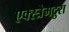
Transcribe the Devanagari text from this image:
एक्स्त्रेमदुरा